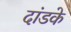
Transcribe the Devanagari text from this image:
दांडके